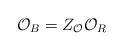
LaTeX: \begin{align*}\mathcal{O}_{B}=Z_{\mathcal{O}}\mathcal{O}_{R} \end{align*}